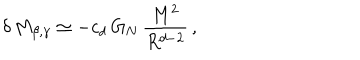
LaTeX: \delta \, M _ { \beta , \gamma } \simeq - c _ { d } \, G _ { N } \, \frac { M ^ { 2 } } { R ^ { d - 2 } } \, ,